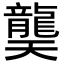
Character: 龑